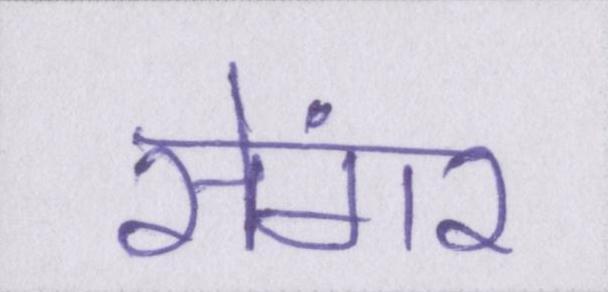
सेंगर